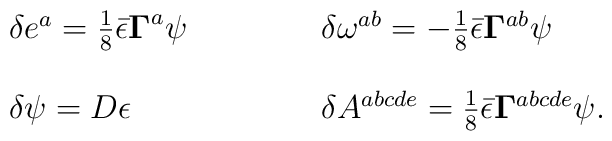
\begin{array}{lll}\delta e^{a}=\frac{1}{8}\bar{\epsilon}{\bf \Gamma }^{a}\psi & \hspace{1cm} &\delta \omega ^{ab}=-\frac{1}{8}\bar{\epsilon}{\bf \Gamma }^{ab}\psi \\ &  &\\ \delta \psi =D\epsilon & \hspace{1cm} & \delta A^{abcde}=\frac{1}{8}\bar{\epsilon}{\bf \Gamma }^{abcde}\psi .\end{array}